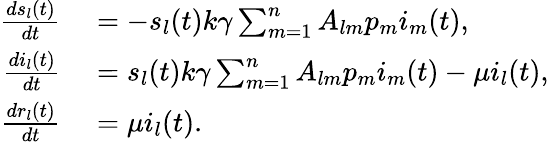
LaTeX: \begin{array}{rl}{\frac{ds_{l}(t)}{dt}}&{{}=-s_{l}(t)k\gamma\sum_{m=1}^{n}{A_{lm}p_{m}i_{m}(t)},}\\ {\frac{di_{l}(t)}{dt}}&{{}=s_{l}(t)k\gamma\sum_{m=1}^{n}{A_{lm}p_{m}i_{m}(t)}-\mu i_{l}(t),}\\ {\frac{dr_{l}(t)}{dt}}&{{}=\mu i_{l}(t).}\end{array}